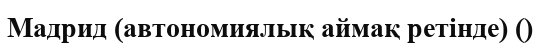
Мадрид (автономиялық аймақ ретінде) ()